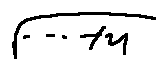
\sqrt { \cdots + u }